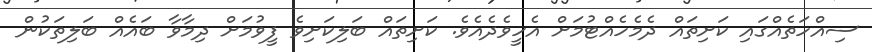
ސިއްހަތެއްގައި ކަށިތައް ދެމެހެއްޓުމަށް އެހީވެދެއެވެ. ކަށިތައް ބަލިކަށިވެ ފީވުމަށް ދިމާވާ ބައެއް ބަލިތަކުން